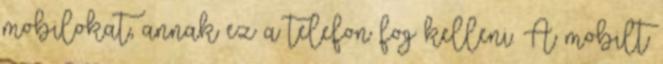
mobilokat, annak ez a telefon fog kelleni. A mobilt